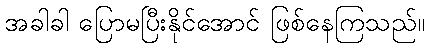
အခါခါ ပြောမပြီးနိုင်အောင် ဖြစ်နေကြသည်။